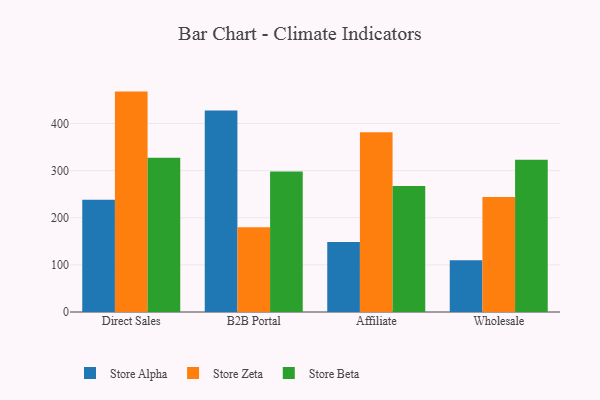
{"axis": {"x": "Channel", "y": "Page Views"}, "legend": ["Store Alpha", "Store Beta", "Store Zeta"], "data": [{"x": "Direct Sales", "y": 238.4, "type": "Store Alpha"}, {"x": "Direct Sales", "y": 467.7, "type": "Store Zeta"}, {"x": "Direct Sales", "y": 327.2, "type": "Store Beta"}, {"x": "B2B Portal", "y": 427.6, "type": "Store Alpha"}, {"x": "B2B Portal", "y": 179.8, "type": "Store Zeta"}, {"x": "B2B Portal", "y": 298.4, "type": "Store Beta"}, {"x": "Affiliate", "y": 148.6, "type": "Store Alpha"}, {"x": "Affiliate", "y": 381.7, "type": "Store Zeta"}, {"x": "Affiliate", "y": 267.3, "type": "Store Beta"}, {"x": "Wholesale", "y": 109.7, "type": "Store Alpha"}, {"x": "Wholesale", "y": 244.3, "type": "Store Zeta"}, {"x": "Wholesale", "y": 323.0, "type": "Store Beta"}]}